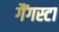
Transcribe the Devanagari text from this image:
गैंगस्टा